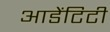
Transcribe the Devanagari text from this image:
आडेंटिटी